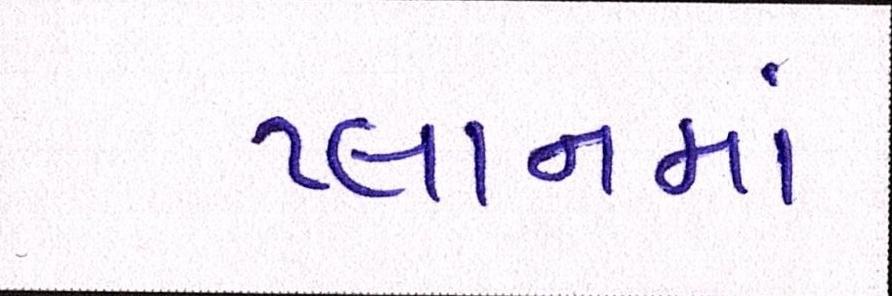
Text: પ્લાનમાં